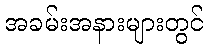
အခမ်းအနားများတွင်